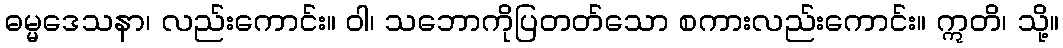
ဓမ္မဒေသနာ၊ လည်းကောင်း။ ဝါ၊ သဘောကိုပြတတ်သော စကားလည်းကောင်း။ ဣတိ၊ သို့။